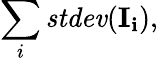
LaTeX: \sum_{i}\mathit{stdev}(\mathbf{I_{i}}),